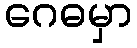
ဂေဓမှာ